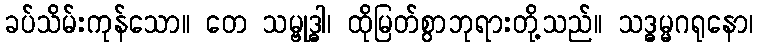
ခပ်သိမ်းကုန်သော။ တေ သမ္ဗုဒ္ဓါ၊ ထိုမြတ်စွာဘုရားတို့သည်။ သဒ္ဓမ္မဂရုနော၊